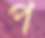
প